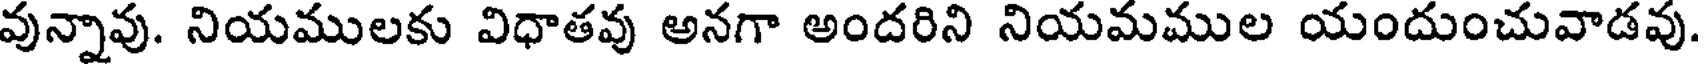
వున్నావు. నియములకు విధాతవు అనగా అందరిని నియమముల యందుంచువాడవు